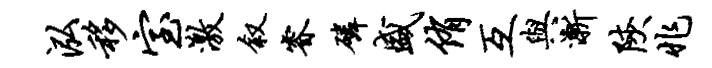
泓移室激叙睿磷盛侑互与渐陕兆